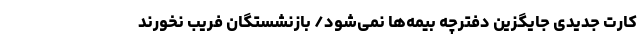
کارت جدیدی جایگزین دفترچه بیمه‌ها نمی‌شود/ بازنشستگان فریب نخورند